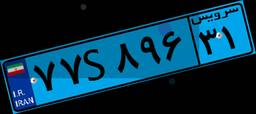
۷۷S۸۹۶۳۱